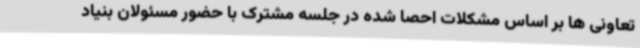
تعاونی ها بر اساس مشکلات احصا شده در جلسه مشترک با حضور مسئولان بنیاد